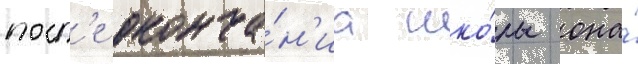
посл'е оконча́н'иа шко́лы она́